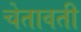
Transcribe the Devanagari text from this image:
चेतावती